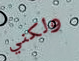
ولكني